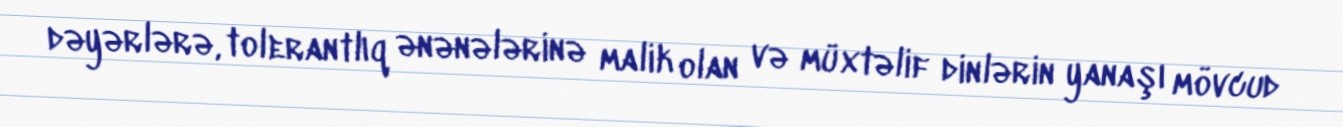
dəyərlərə, tolerantlıq ənənələrinə malik olan və müxtəlif dinlərin yanaşı mövcud